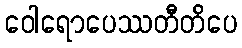
ဝေါရောပေဿတီတိပေ